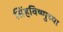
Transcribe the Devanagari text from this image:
सिंहविष्णुच्या